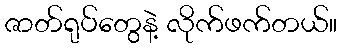
ဇာတ်ရုပ်တွေနဲ့ လိုက်ဖက်တယ်။